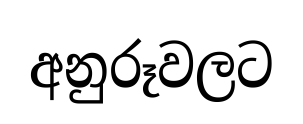
අනුරූවලට